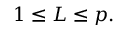
1 \leq L \leq p .